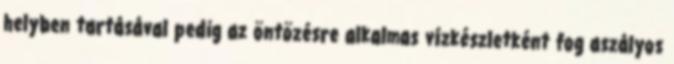
helyben tartásával pedig az öntözésre alkalmas vízkészletként fog aszályos